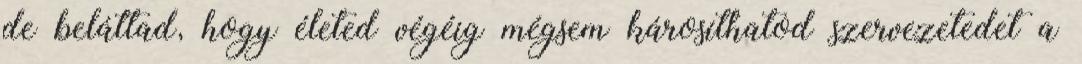
de beláttad, hogy életed végéig mégsem károsíthatod szervezetedet a